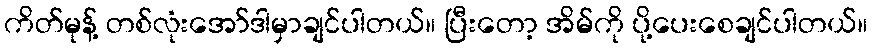
ကိတ်မုန့် တစ်လုံးအော်ဒါမှာချင်ပါတယ်။ ပြီးတော့ အိမ်ကို ပို့ပေးစေချင်ပါတယ်။